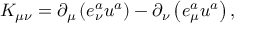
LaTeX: K _ { \mu \nu } = \partial _ { \mu } \left( e _ { \nu } ^ { a } u ^ { a } \right) - \partial _ { \nu } \left( e _ { \mu } ^ { a } u ^ { a } \right) ,